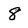
Character: 8